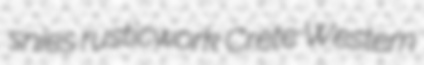
snies rusticwork Crete Western